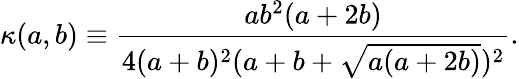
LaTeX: \kappa(a,b)\equiv\frac{ab^{2}(a+2b)}{4(a+b)^{2}(a+b+\sqrt{a(a+2b)})^{2}}.